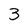
Character: 3